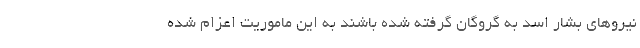
نیروهای بشار اسد به گروگان گرفته شده باشند به این ماموریت اعزام شده